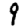
Digit: 9